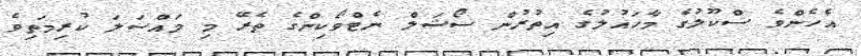
އެހެންވެ ސްކޫލުގެ މާހައުލުގެ އިތުރުން ސޯޝަލް ނެޓްވޯކިންގެ ތެރޭ މި މައްސަލަ ކުރިމަތިވެ